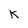
Character: K